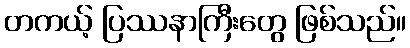
တကယ့် ပြဿနာကြီးတွေ ဖြစ်သည်။